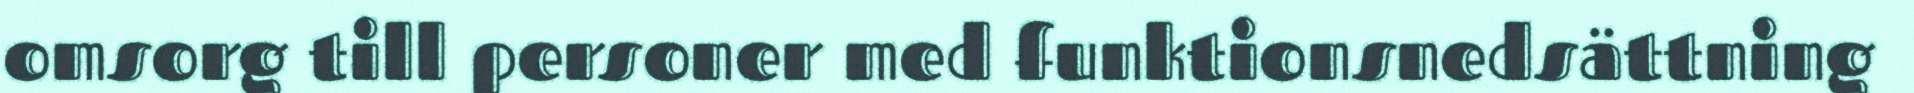
omsorg till personer med funktionsnedsättning